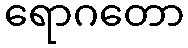
ရောဂတော